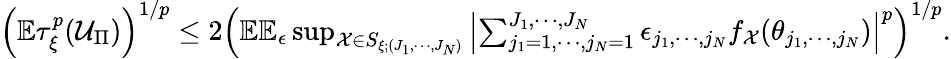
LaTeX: \begin{array}{r}{\left(\mathbb{E}\tau_{\xi}^{p}(\mathcal{U}_{\Pi})\right)^{1/p}\leq 2\left(\mathbb{E}\mathbb{E}_{\epsilon}\operatorname*{sup}_{\mathcal{X}\in S_{\xi;(J_{1},\cdots,J_{N})}}\left\vert\sum_{j_{1}=1,\cdots,j_{N}=1}^{J_{1},\cdots,J_{N}}\epsilon_{j_{1},\cdots,j_{N}}f_{\mathcal{X}}(\theta_{j_{1},\cdots,j_{N}})\right\vert^{p}\right)^{1/p}.}\end{array}